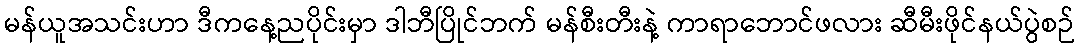
မန်ယူအသင်းဟာ ဒီကနေ့ညပိုင်းမှာ ဒါဘီပြိုင်ဘက် မန်စီးတီးနဲ့ ကာရာဘောင်ဖလား ဆီမီးဖိုင်နယ်ပွဲစဉ်